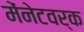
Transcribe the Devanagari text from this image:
मेंनेटवर्क